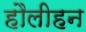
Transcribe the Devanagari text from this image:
हौलीहन